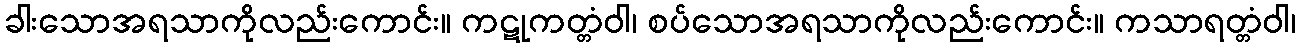
ခါးသောအရသာကိုလည်းကောင်း။ ကဋုကတ္တံဝါ၊ စပ်သောအရသာကိုလည်းကောင်း။ ကသာရတ္တံဝါ၊